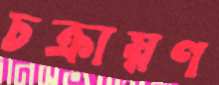
চক্রায়ণ